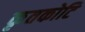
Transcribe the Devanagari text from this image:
कृतकोटि